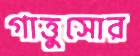
গাত্তুসোর